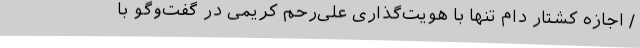
/ اجازه کشتار دام تنها با هویت‌گذاری علی‌رحم کریمی در گفت‌وگو با